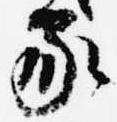
家